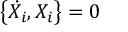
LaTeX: \left\{ \dot { X } _ { i } , X _ { i } \right\} = 0